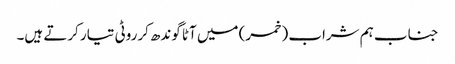
جناب ہم شراب (خمر) میں آٹا گوندھ کرروٹی تیار کرتے ہیں۔